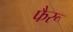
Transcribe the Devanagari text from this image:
फैरू